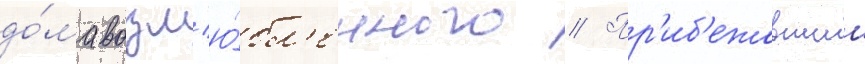
до́ма возл'ю́бл'енного // Пр'иб'ежавшии